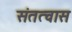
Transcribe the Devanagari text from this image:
संतत्वास